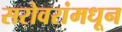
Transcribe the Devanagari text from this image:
सरोवरांमधून